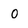
Character: 0